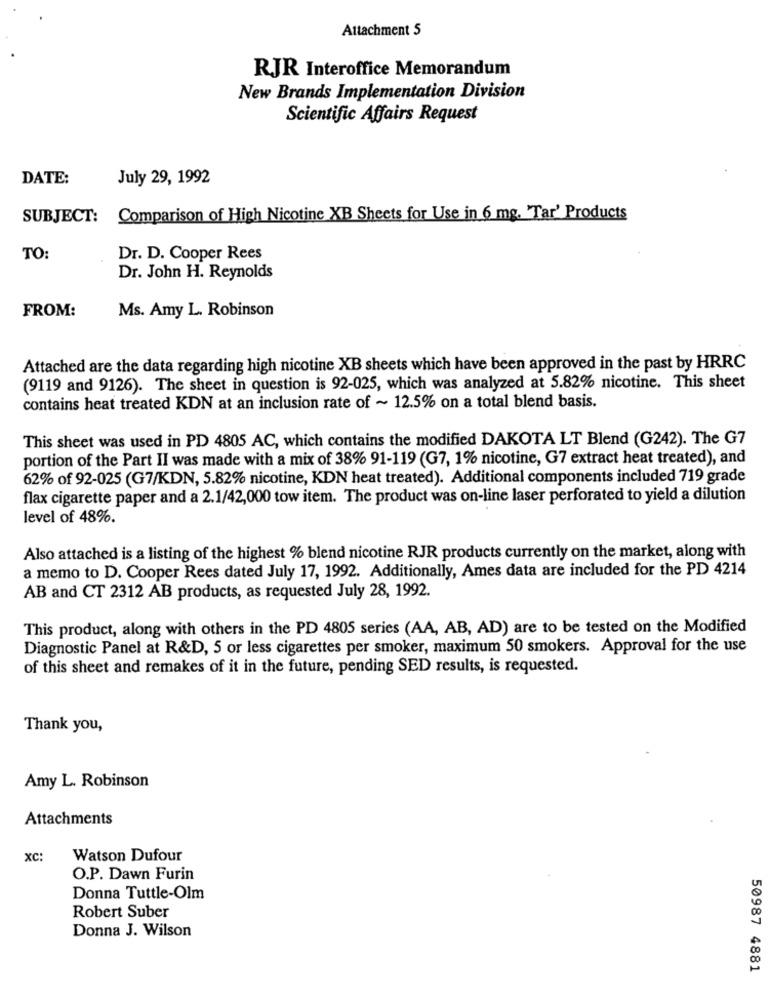
Attachment 5
RJR Interoffice Memorandum
New Brands Implementation Division
Scientific Affairs Request
DATE:
July 29, 1992
SUBJECT: Comparison of High Nicotine XB Sheets for Use in 6 mg. "Tar' Products
TO:
Dr. D. Cooper Rees
Dr. John H. Reynolds
FROM:
Ms. Amy L. Robinson
Attached are the data regarding high nicotine XB sheets which have been approved in the past by HRRC
(9119 and 9126). The sheet in question is 92-025, which was analyzed at 5.82% nicotine. This sheet
contains heat treated KDN at an inclusion rate of ~ 12.5% on a total blend basis.
This sheet was used in PD 4805 AC, which contains the modified DAKOTA LT Blend (G242). The G7
portion of the Part II was made with a mix of 38% 91-119 (G7, 1% nicotine, G7 extract heat treated), and
62% of 92-025 (G7/KDN, 5.82% nicotine, KDN heat treated). Additional components included 719 grade
flax cigarette paper and a 2.1/42,000 tow item. The product was on-line laser perforated to yield a dilution
level of 48%.
Also attached is a listing of the highest % blend nicotine RJR products currently on the market, along with
a memo to D. Cooper Rees dated July 17, 1992. Additionally, Ames data are included for the PD 4214
AB and CT 2312 AB products, as requested July 28, 1992.
This product, along with others in the PD 4805 series (AA, AB, AD) are to be tested on the Modified
Diagnostic Panel at R&D, 5 or less cigarettes per smoker, maximum 50 smokers. Approval for the use
of this sheet and remakes of it in the future, pending SED results, is requested.
Thank you,
Amy L. Robinson
Attachments
xc:
Watson Dufour
O.P. Dawn Furin
Donna Tuttle-Olm
Robert Suber
Donna J. Wilson
50987 4881